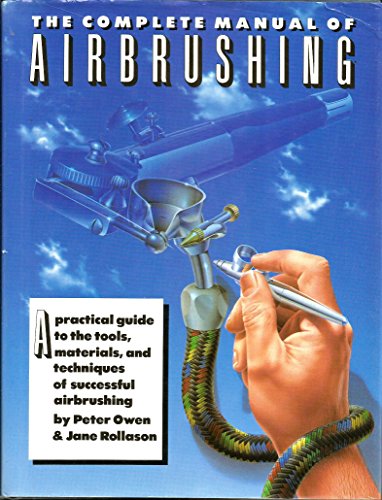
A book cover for The Complete Manual of Airbrushing; Peter Owen; Arts & Photography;